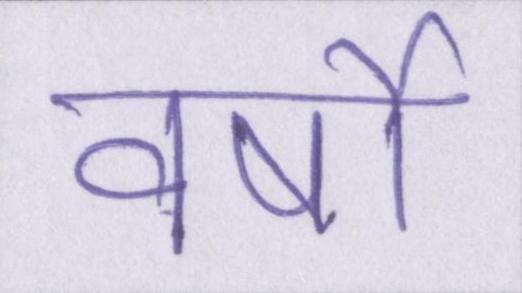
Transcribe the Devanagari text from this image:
वर्षो